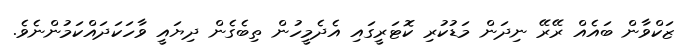
ޒަކްވާން ބައެއް ރޭރޭ ނިދަން މަޑުކުރި ކޮޓަރީގައި އެދެމީހުން ތިބެގެން ދިޔައީ ވާހަކަދައްކަމުންނެވެ.